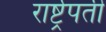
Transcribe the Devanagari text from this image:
रार्ष्ट्रपती